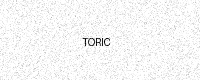
Text: TORIC